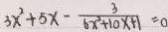
3 x ^ { 2 } + 5 x - \frac { 3 } { 6 x ^ { 2 } + 1 0 x + 1 } = 0